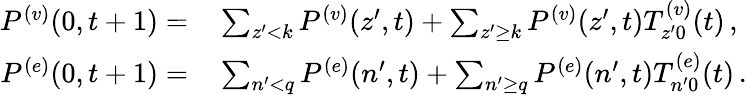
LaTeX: \begin{array}{r}{\begin{array}{rl}{P^{(v)}(0,t+1)=}&{{}\sum_{z^{\prime}<k}P^{(v)}(z^{\prime},t)+\sum_{z^{\prime}\ge k}P^{(v)}(z^{\prime},t)T_{z^{\prime}0}^{(v)}(t)\, ,}\\ {P^{(e)}(0,t+1)=}&{{}\sum_{n^{\prime}<q}P^{(e)}(n^{\prime},t)+\sum_{n^{\prime}\ge q}P^{(e)}(n^{\prime},t)T_{n^{\prime}0}^{(e)}(t)\, .}\end{array}}\end{array}